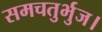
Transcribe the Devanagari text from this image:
समचतुर्भुज।